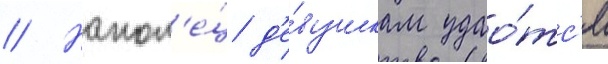
// Након'е́ц д'е́вушкам удао́тс'я